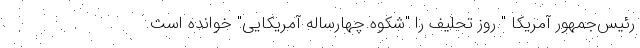
رئیس‌جمهور آمریکا " روز تحلیف را "شکوه چهارساله آمریکایی" خوانده است.